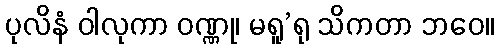
ပုလိနံ ဝါလုကာ ဝဏ္ဏု၊ မရူ’ရု သိကတာ ဘဝေ။